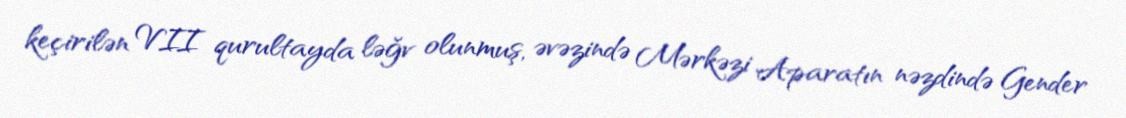
keçirilən VII qurultayda ləğv olunmuş, əvəzində Mərkəzi Aparatın nəzdində Gender